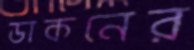
ডাকনের